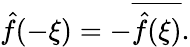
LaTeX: {\hat{f}}(-\xi)=-{\overline{{{\hat{f}}(\xi)}}}.